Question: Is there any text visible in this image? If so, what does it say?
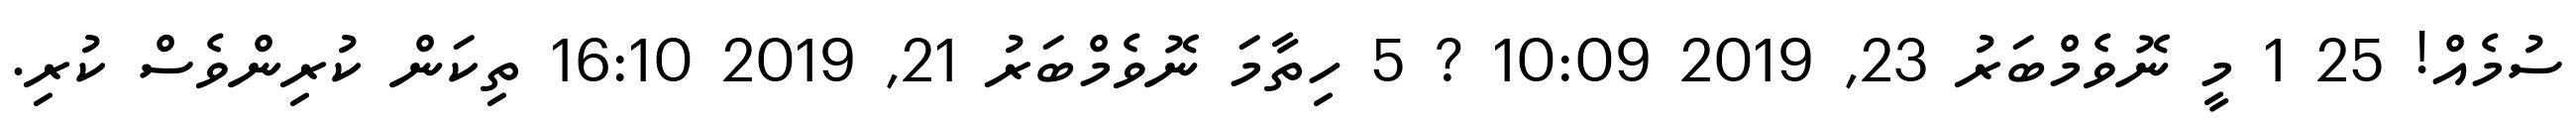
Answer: ސުމެއް! 25 1 މީ ނޮވެމްބަރު 23, 2019 10:09 ? 5 ހިތާމަ ނޮވެމްބަރު 21, 2019 16:10 ތިކަން ކުރިންވެސް ކުރި.